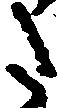
た